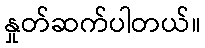
နှုတ်ဆက်ပါတယ်။